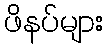
ဖိနပ်များ